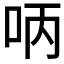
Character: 𠰳